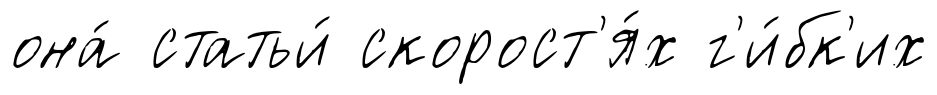
она́ статьи́ скорост'я́х г'и́бк'их